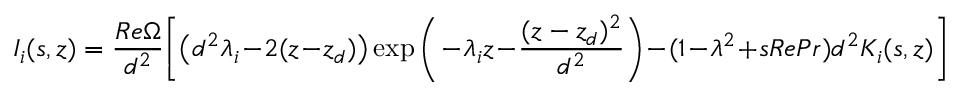
I _ { i } ( s , z ) = \frac { R e \Omega } { d ^ { 2 } } \bigg [ \big ( d ^ { 2 } \lambda _ { i } - 2 ( z - z _ { d } ) \big ) \exp \bigg ( - \lambda _ { i } z - \frac { ( z - z _ { d } ) ^ { 2 } } { d ^ { 2 } } \bigg ) - ( 1 - \lambda ^ { 2 } + s R e P r ) d ^ { 2 } K _ { i } ( s , z ) \bigg ]